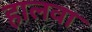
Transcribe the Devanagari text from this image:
हालवा